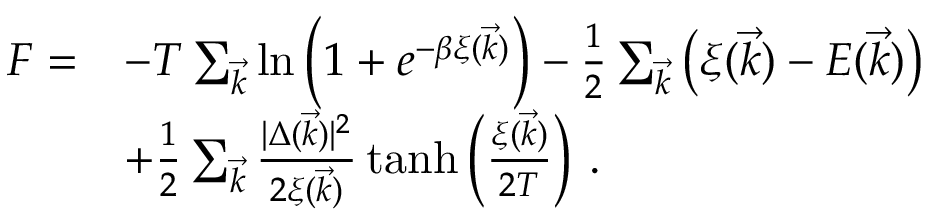
\begin{array} { r l } { F = } & { - T \sum _ { \vec { k } } \ln \left( 1 + e ^ { - \beta \xi ( \vec { k } ) } \right) - { \textstyle { \frac { 1 } { 2 } } } \sum _ { \vec { k } } \left( \xi ( \vec { k } ) - E ( \vec { k } ) \right) } \\ & { + { \textstyle { \frac { 1 } { 2 } } } \sum _ { \vec { k } } { \textstyle { \frac { | \Delta ( \vec { k } ) | ^ { 2 } } { 2 \xi ( \vec { k } ) } } } \operatorname { t a n h } \left( { \textstyle { \frac { \xi ( \vec { k } ) } { 2 T } } } \right) \, . } \end{array}